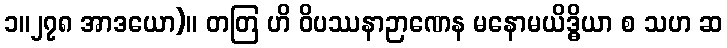
၁။၂၇၈ အာဒယော)။ တတြ ဟိ ဝိပဿနာဉာဏေန မနောမယိဒ္ဓိယာ စ သဟ ဆ